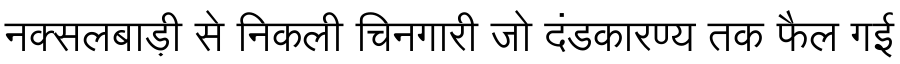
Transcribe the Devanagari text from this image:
नक्सलबाड़ी से निकली चिनगारी जो दंडकारण्य तक फैल गई